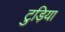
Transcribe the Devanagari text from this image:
टुड़िया